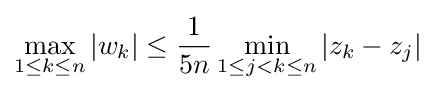
\max _{1\leq k\leq n}|w_{k}|\leq {\frac {1}{5n}}\min _{1\leq j<k\leq n}|z_{k}-z_{j}|